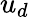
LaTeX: u_{d}